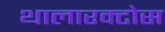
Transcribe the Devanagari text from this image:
थालारक्टोस